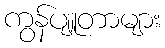
ကွန်ပျူတာများ